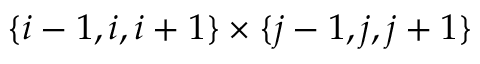
\{ i - 1 , i , i + 1 \} \times \{ j - 1 , j , j + 1 \}